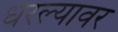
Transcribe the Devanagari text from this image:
धरल्यावर